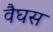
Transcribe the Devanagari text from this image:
वैघस